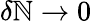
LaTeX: \delta\mathbb{N}\to0